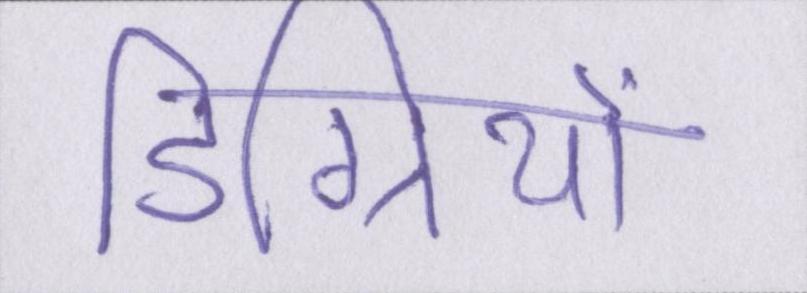
डिग्रियों